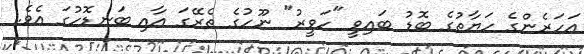
އަހަރެންގެ ހަޔާތުގެ ބޮޑު ބައިވީ "ހަވީރު" ނޫހުގެ ތެރޭގަ އާއި ބަނޑޮހުގަ އެވެ.